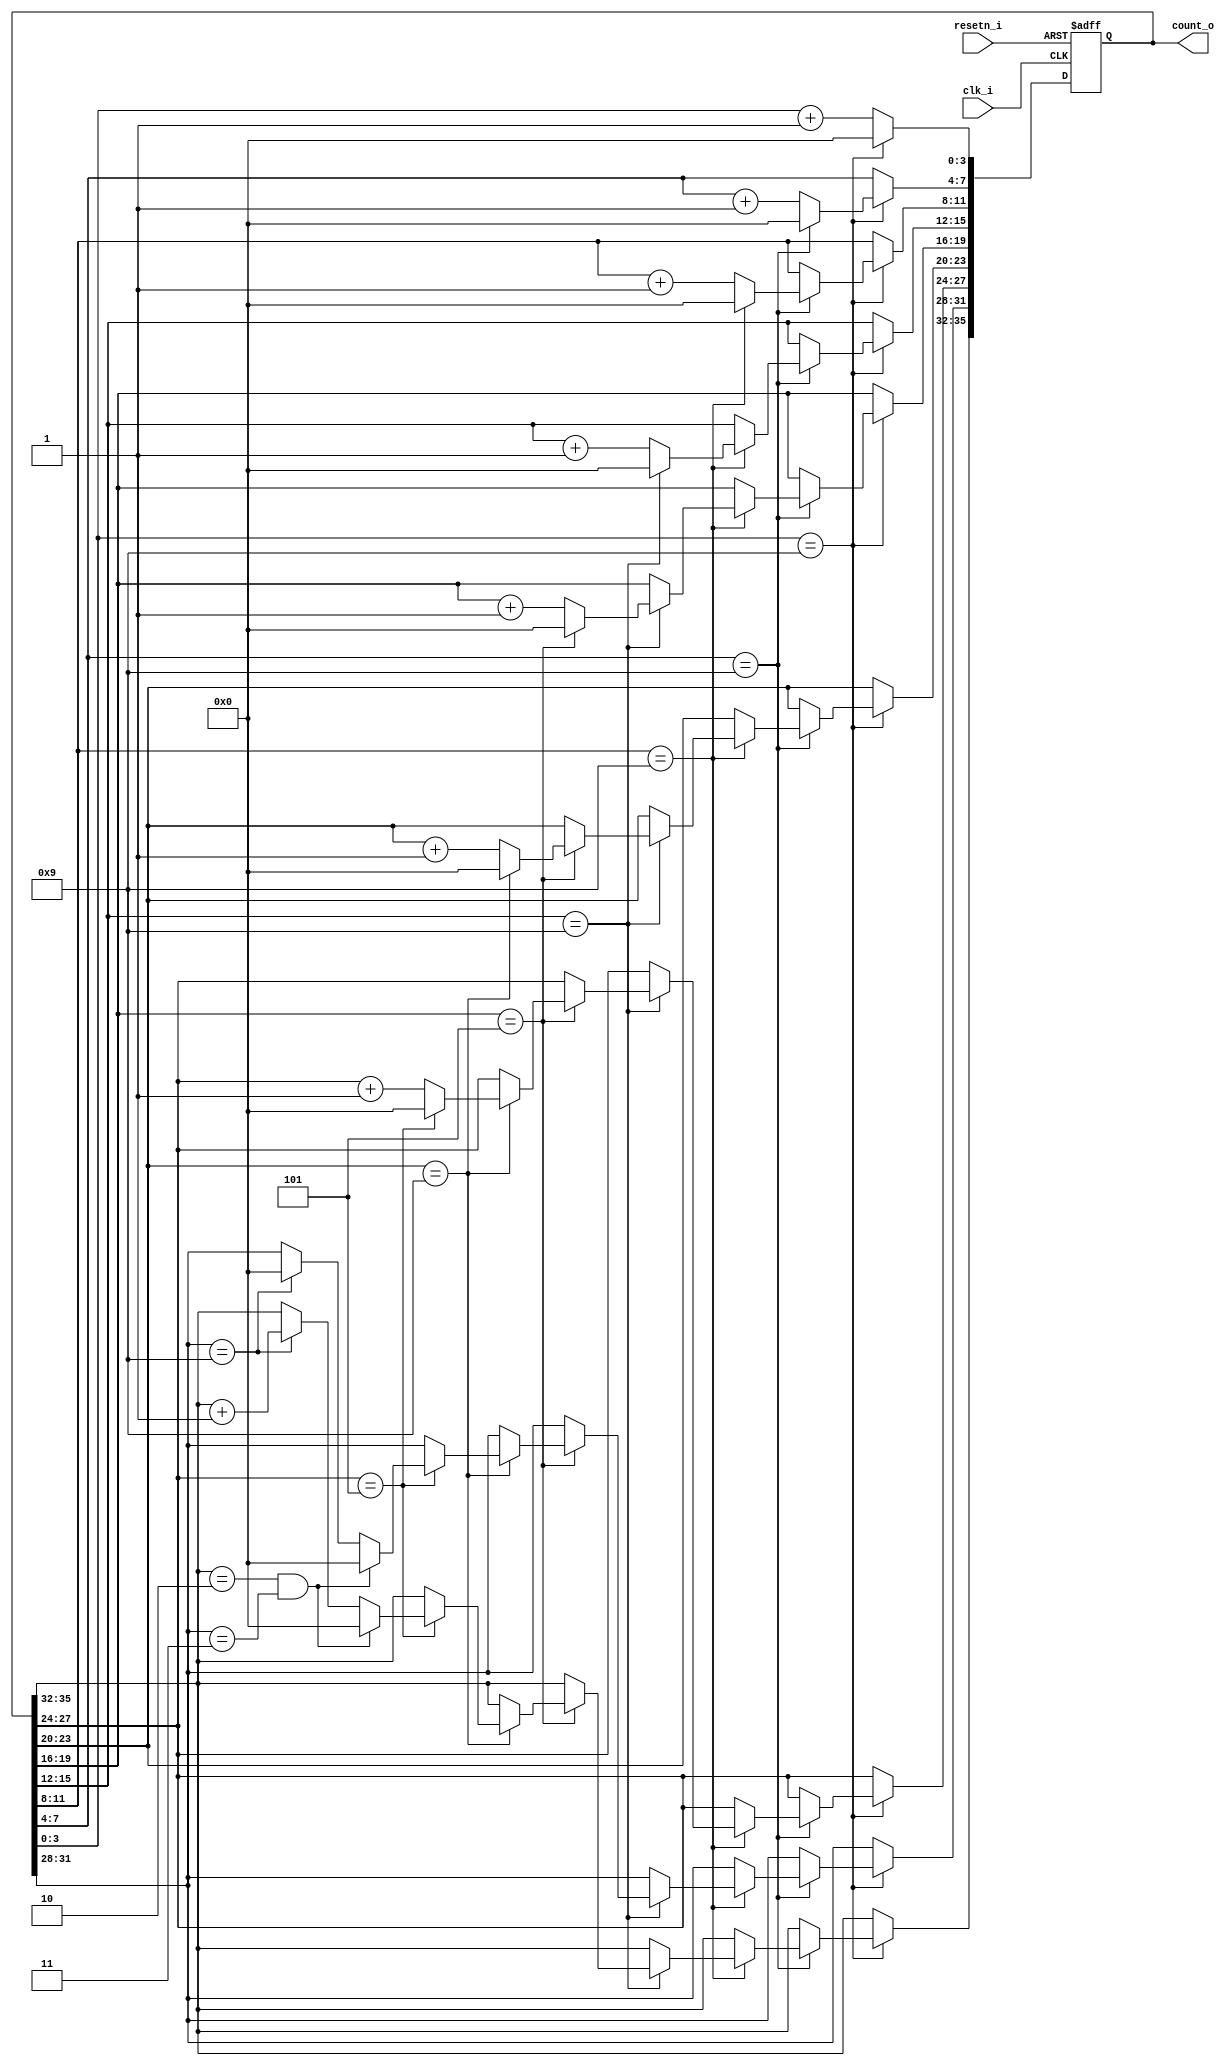
`timescale 1ns / 1ps

module counter24(
    input clk_i,
    input resetn_i,
    
    output reg [35:0] count_o
    );
    
    initial begin
        count_o = 0;
    end
    
    always @(posedge clk_i or negedge resetn_i) begin
        if(!resetn_i) begin
            count_o <= 0;
        end else begin
        // The maximum for each 4bit segment is 9 = 1001. If 1001, then increment the next segment
            if (count_o[3:0] == 4'b1001) begin //ms1
                count_o[3:0] <= 4'b0000;
                if (count_o[7:4] == 4'b1001) begin //ms2
                    count_o[7:4] <= 4'b0000;
                    if (count_o[11:8] == 4'b1001) begin //ms3
                        count_o[11:8] <= 4'b0000;
                        if (count_o[15:12] == 4'b1001) begin //s1
                            count_o[15:12] <= 4'b0000;
                            if (count_o[19:16] == 4'b0101) begin //s2
                                count_o[19:16] <= 4'b0000;
                                if (count_o[23:20] == 4'b1001) begin //m1
                                    count_o[23:20] <= 0;
                                    if (count_o[27:24] == 4'b0101) begin //m2
                                        count_o[27:24] <= 0;
                                        if (count_o[35:32] == 4'b0010 && count_o[31:28] == 4'b0011) begin // if h2=2 and h1=3
                                            count_o[35:32] <= 0;
                                            count_o[31:28] <= 0;
                                        end
                                        else if (count_o[31:28] == 4'b1001) begin //h1
                                            count_o[35:32] <= count_o[35:32] + 1'b1;
                                            count_o[31:28] <= 0;
                                        end
                                    end else
                                        count_o[27:24] <= count_o[27:24] + 1'b1;
                                end else
                                    count_o[23:20] <= count_o[23:20] + 1'b1;
                            end else
                                count_o[19:16] <= count_o[19:16] + 1'b1;
                        end else
                            count_o[15:12] <= count_o[15:12] + 1'b1;
                    end else
                        count_o[11:8] <= count_o[11:8] + 1'b1;
                end else 
                    count_o[7:4] <= count_o[7:4] + 1'b1;
            end else
                count_o[3:0] <= count_o[3:0] + 1'b1;
        end
    end //always
endmodule